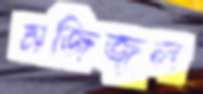
মজিজুল